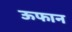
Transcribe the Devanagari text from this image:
ऊफान